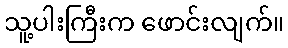
သူ့ပါးကြီးက ဖောင်းလျက်။